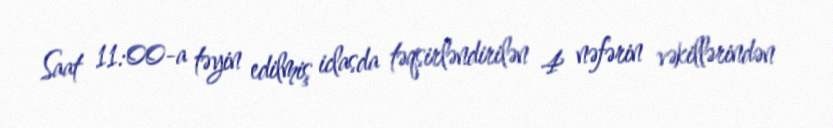
Saat 11:00-a təyin edilmiş iclasda təqsirləndirilən 4 nəfərin vəkillərindən